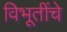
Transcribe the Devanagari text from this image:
विभूतींचे